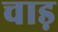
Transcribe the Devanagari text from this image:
चाड़